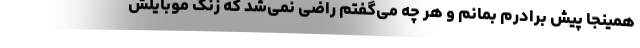
همینجا پیش برادرم بمانم و هر چه می‌گفتم راضی نمی‌شد که زنگ موبایلش